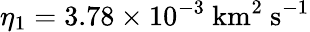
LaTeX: \eta_{1}=3.78\times 10^{-3}\ \mathrm{km^{2}\ s^{-1}}